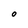
Character: 0